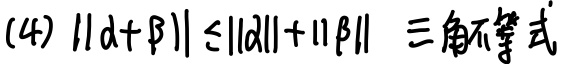
(4) $\|\alpha+\beta\| \leq\|\alpha\|+\|\beta\|$  三角不等式